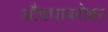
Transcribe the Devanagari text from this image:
औषधाबरोबर